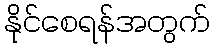
နိုင်စေရန်အတွက်